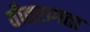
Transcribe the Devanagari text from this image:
वीतरागता